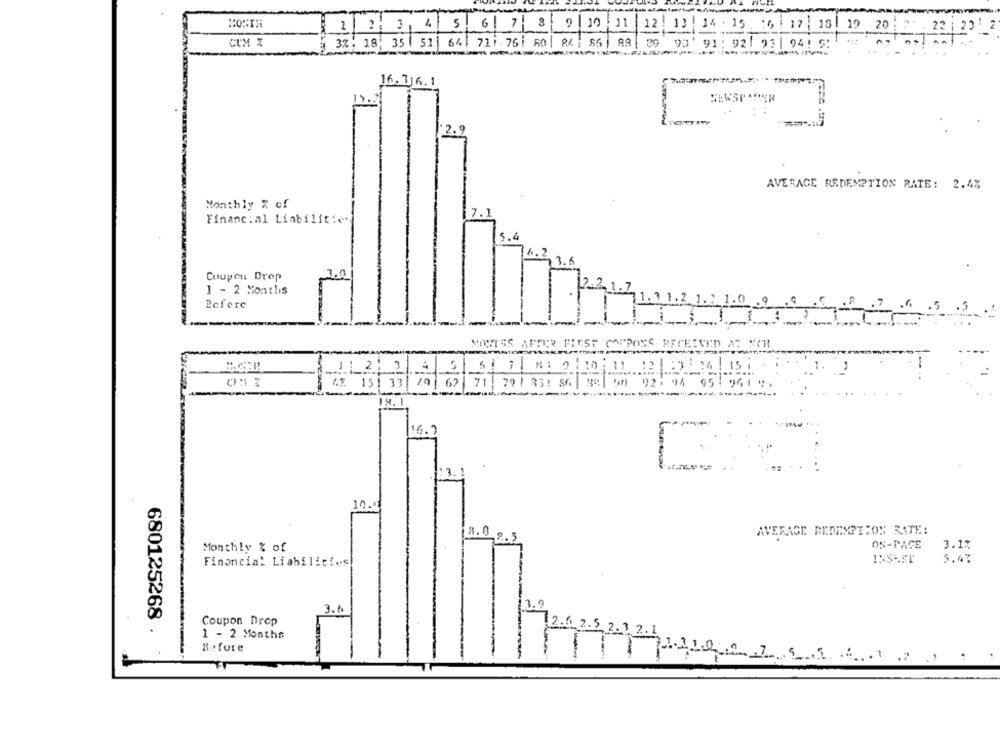
MONTH
2 2 3 4 5 6 7 8 9 10 11 12 13 14 . 15 :6 17 18 19 20:
22
CUM X
9 3%, 18, 35 | 51| 64 711 76 1 60 | 94 85| 89| 3
90 91: 92| 93| 94! 9:
16.316.1
15.
2.
AVERAGE REDEMPTION RATE: 2.47
Monthly % of
7.
Financ: al Linbilities
5.4
6.2
3.6
Coupon Drop
1.0
1 - 2 Months
Refere
31.2 1 .: 10 9
MONTES AFTER FLEST
2
15: 33 /19/ 62/ 71 79 1 33: 56 99 00
14.1.
16.7
10.
18.0
AVERAGE REDEMPTION RATE:
2.5
Monthly % of
ON-PAGE
3.1%
Financia! Liabilities
INSEST
5.47
680125268
3.6
3.9
Coupon Drop
1 - 2 Months
72.6 2.5, 2. 3 2.
Before
7 5.5 4.7 71 :